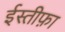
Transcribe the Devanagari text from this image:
ईस्तीफ़ा